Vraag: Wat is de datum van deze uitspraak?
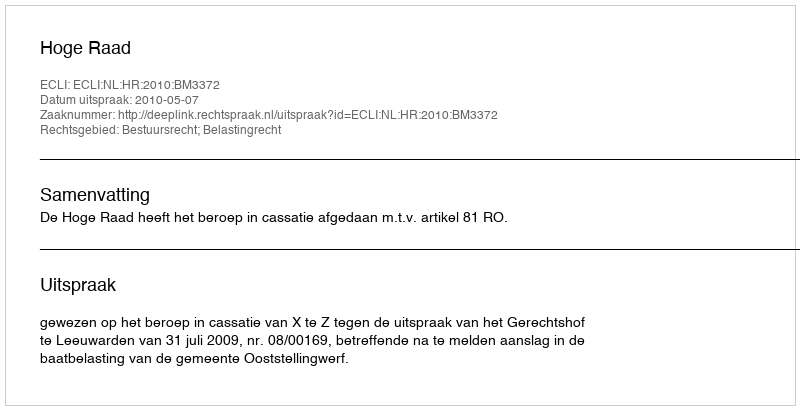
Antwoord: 2010-05-07